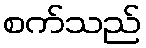
စက်သည်